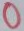
Text: 0